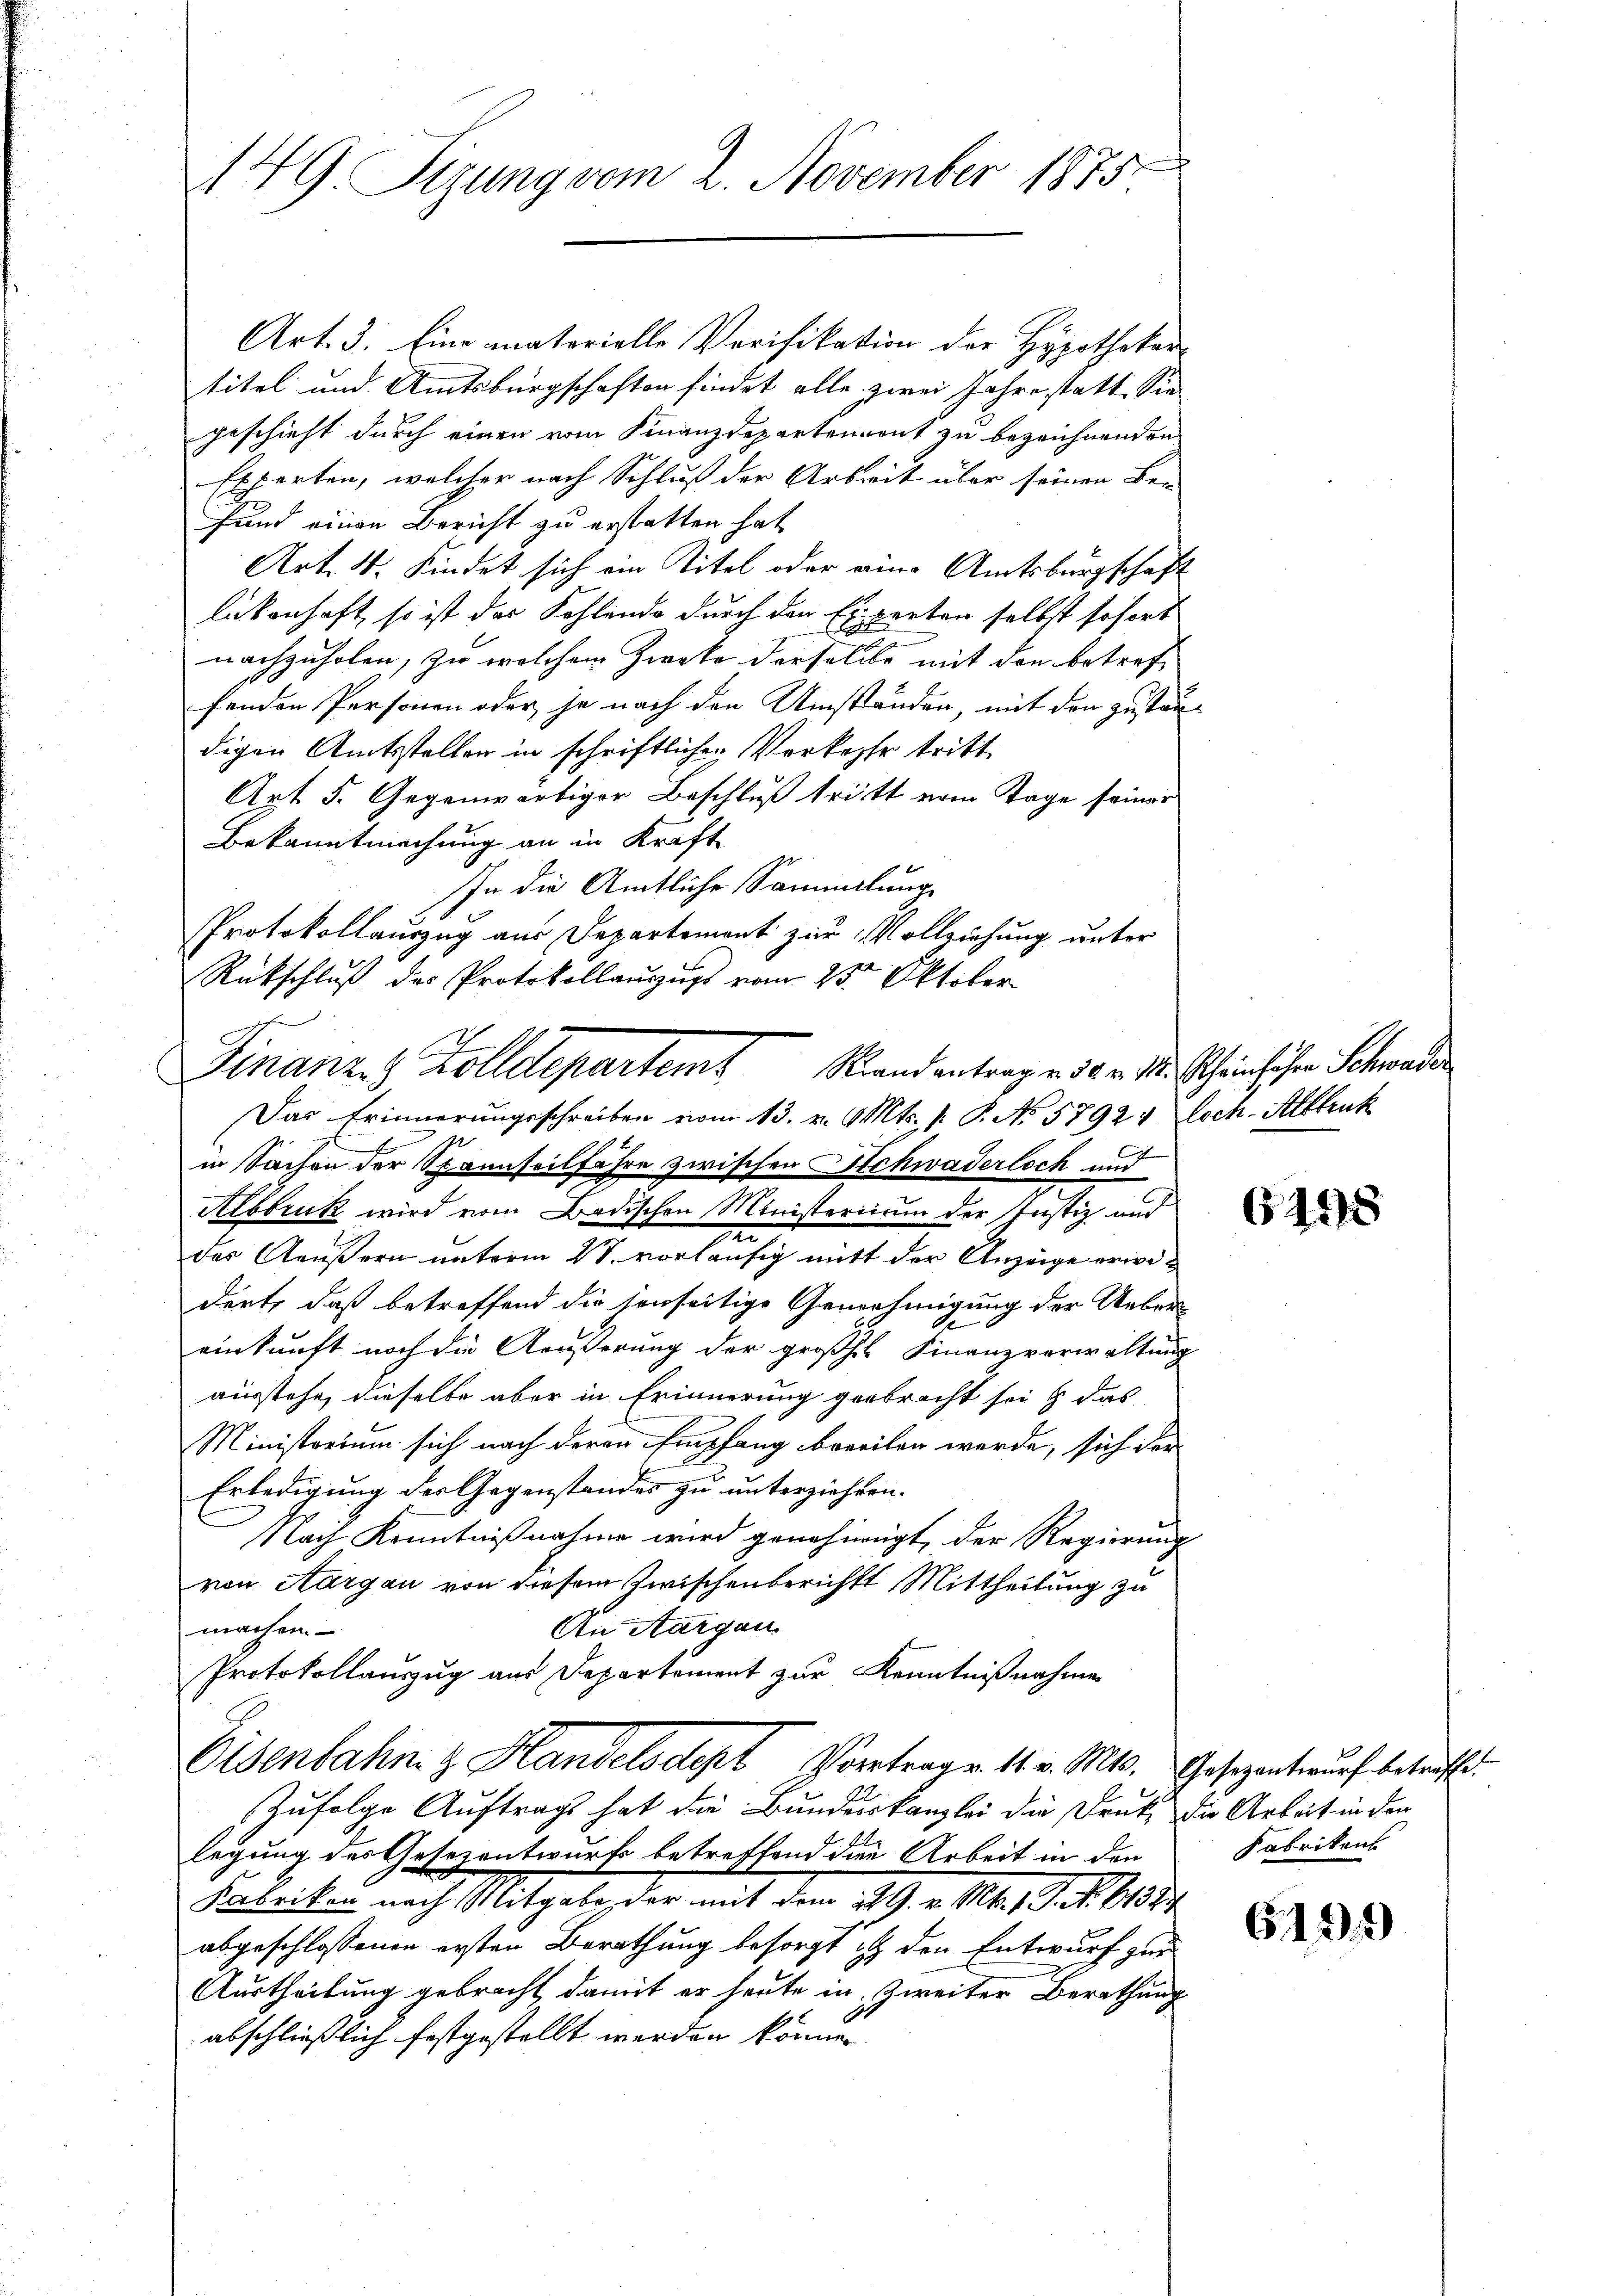
149. Sizung vom 2. November 1875

Art. 3. Eine materielle Verifikation der Hypothekar-
titel und Amtsbürgschaften findet alle zwei Jahre statt Sie
geschieht durch einen vom Finanzdepartement zu bezeichnenden
Experten, welcher nach Schluß der Arbeit über seinen Be-
Hund einen Bericht zu erstatten hat
Art. 4. Kindet sich ein Titel oder eine Amtsbürgschaft
lickenhaft, so ist das Kohlendo durch den Experten selbst sofort
nachzuholen, zu welchem Zwete derselbe mit den betref
fenden Personen oder je nach den Umständen, mit den Zustandigen Amtsstellen in schriftlichen Verkasse tritt.
Art 5. Gegenwärtiger Beschluß tritt vom Tage seiner
Bekanntmachung an in Kraft
1
In die Amtliche Sammlung
Protokollauszug aus Departement zur Vollziehung unter
Rückschlŭβ des Protokollaŭszŭgs vom 25ten Oktober
Das Erinnerungsschreiben vom 13. v. Mts. 1. P. No 5792 v Loch. Altbruk

in Sachen der Spannseilfahre zwischen Schwaderloch und
Albbruck wird vom Badischen Ministerium der Justiz und
zu
des Aeußern unterm 4t. vorläufig mit der Anzeige erwidert, daß betreffend die jenseitige Genehmigung der Ueber
einkunft noch die Äußerung der großes Finanzverwaltung
ausstehe, dieselbe aber in Erinnerung gebracht sei & das
Ministerium sich nach deren Empfang beeilen werde, sich der
Erledigung der Gegenstandes zu unterziehten.
Nach Kenntnißnahme wird genehmigt, der Regierung
von Aargau von diesem Zwischenberichts Mittheilung zu
An Aargau
machen.
Protokollauszug aus Departement zur Kenntnißnahme
Oisenbahn z Handelsdept Vortrage. 11. v. Mts. Gesezentwurf betreffe
Zufolge Auftrags hat die Bundeskanzlei die Druk die Arbeit in der
legung des Gesezentwurf betreffend die Arbeit in den
Fabriken nach Mitgabe, der mit dem 29. v. Mt. 19. No. 61384.
abgeschlossenen ersten Berathung besorgt ist den Entwurf zur
Austheilung gebracht damit er heute in Zweiter Berathung
abschließlich festgestellt werden können.

.
Finanze Kolldepartem Randantrag v. 30. v. 14. Scheinhöher Schweder

6198

Fabrikens

6199